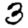
Digit: 3